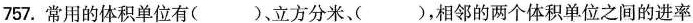
757.常用的体积单位有( )、立方分米( )、相邻的两个体积单位之间的进率